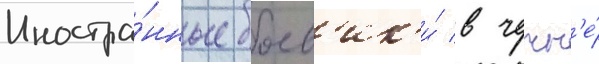
Иностра́нные боев'ик'и́ в чечн'е́